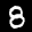
Digit: 8